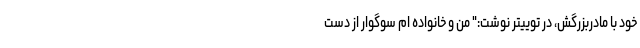
خود با مادربزرگش، در توییتر نوشت:" من و خانواده ‌ام سوگوار از دست